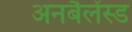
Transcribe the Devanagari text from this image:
अनबैलेंस्ड